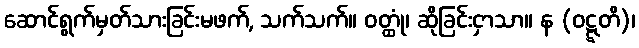
ဆောင်ရွက်မှတ်သားခြင်းမဖက်, သက်သက်။ ဝတ္ထုံ၊ ဆိုခြင်းငှာသာ။ န (ဝဋ္ဋတိ)၊